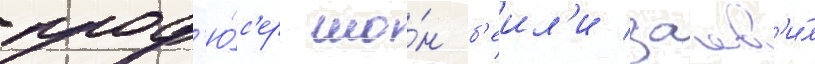
прод'ю́с'ер шо́н б'еил'и заав'и́л